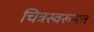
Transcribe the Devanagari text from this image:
चित्रस्वरूपात